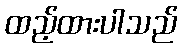
ထည့်ထားပါသည်